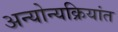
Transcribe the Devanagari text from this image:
अन्योन्यक्रियांत